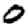
Digit: 0